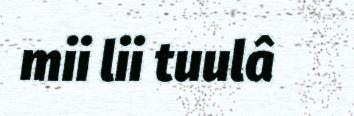
mii lii tuulâ